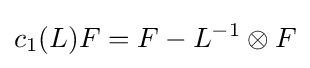
c_{1}(L)F=F-L^{-1}\otimes F